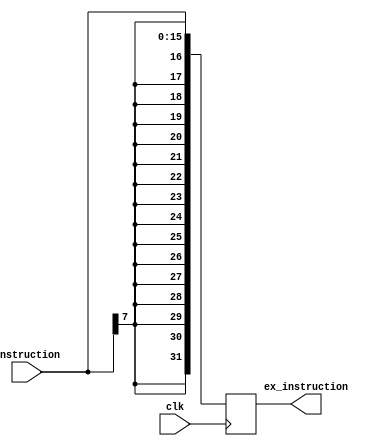
module sign_extend(clk,instruction,ex_instruction);
input [15:0] instruction;
input clk;
output [31:0] ex_instruction;

reg [31:0] ex_instruction;
wire [15:0] instruction;

always @(posedge clk)
    begin
    ex_instruction[15:0] = instruction[15:0];
    ex_instruction[31:16] = {16{instruction[7]}}; 
    end
endmodule